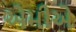
એમીએ